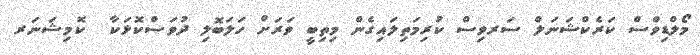
މޯލްޑިވްސް ކަރެކްޝަނަލް ސަރވިސް ކުރިމަތިލައިގެން މިތިބީ ވަރަށް ހަލަބޮލި ދުވަސްކޮޅަކާ  ކޮމިޝަނަރ